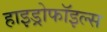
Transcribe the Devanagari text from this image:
हाइड्रोफॉइल्स